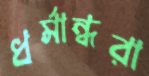
ধর্মান্ধরা